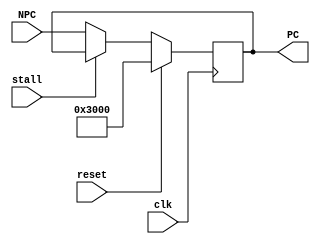
`timescale 1ns / 1ps
//////////////////////////////////////////////////////////////////////////////////
// Company: 
// Engineer: 
// 
// Design Name: 
// Module Name:    PC 
// Project Name: 
// Target Devices: 
// Tool versions: 
// Description: 
//
// Dependencies: 
//
// Revision: 
// Revision 0.01 - File Created
// Additional Comments: 
//
//////////////////////////////////////////////////////////////////////////////////
module PC(
    input clk,
    input reset,
	 input stall,
    input [31:0] NPC,
    output reg [31:0] PC
    );
	 
	 always @(posedge clk) begin
		if(reset)
			PC<=32'h00003000;
		else if(!stall)
			PC<=NPC;
	 end
	 
	 
endmodule